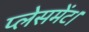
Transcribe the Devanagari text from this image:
प्लेसमेंट।